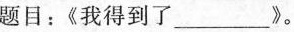
题目：《我得到了___》。